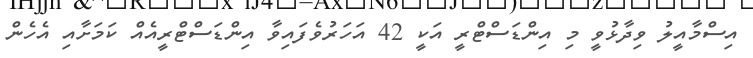
އިސްމާއީލު ވިދާޅުވީ މި އިންޑަސްޓްރީ އަކީ 42 އަހަރުވެފައިވާ އިންޑަސްޓްރީއެއް ކަމަށާއި އެހެން